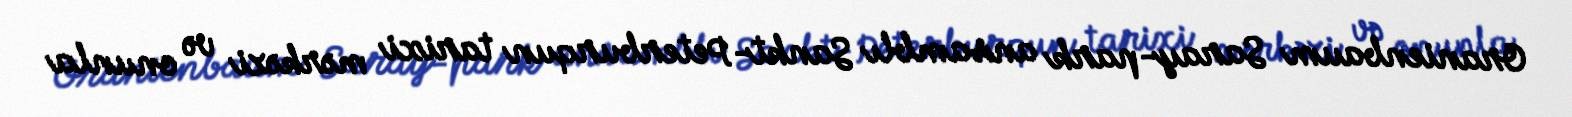
Oranienbaum Saray-park ansamblı Sankt-Peterburqun tarixi mərkəzi və onunla